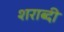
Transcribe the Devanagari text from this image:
शराब्दी